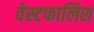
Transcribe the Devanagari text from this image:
वेस्टफालिश